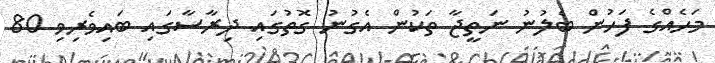
މަހެއްގެ ފަހުން ބެލުނު ނަތީޖާ ތަކުން އެގުނު ގޮތުގައި ދިރާސާގައި ބައިވެރިވި 80